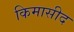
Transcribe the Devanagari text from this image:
किमासीद